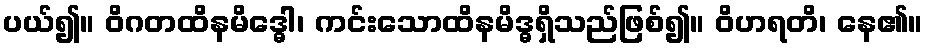
ပယ်၍။ ဝိဂတထိနမိဒ္ဓေါ၊ ကင်းသောထိနမိဒ္ဓရှိသည်ဖြစ်၍။ ဝိဟရတိ၊ နေ၏။